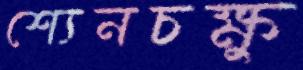
শ্যেনচক্ষু